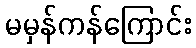
မမှန်ကန်ကြောင်း